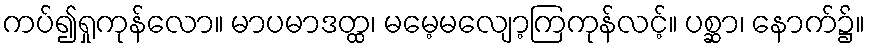
ကပ်၍ရှုကုန်လော။ မာပမာဒတ္ထ၊ မမေ့မလျော့ကြကုန်လင့်။ ပစ္ဆာ၊ နောက်၌။